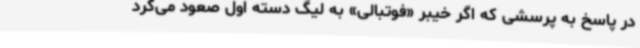
در پاسخ به پرسشی که اگر خیبر «فوتبالی» به لیگ دسته اول صعود می‌کرد